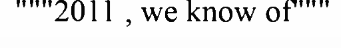
"""2011 , we know of"""